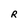
Character: R